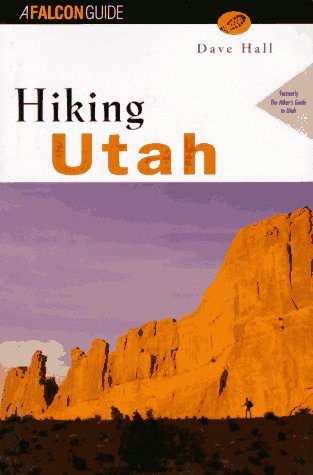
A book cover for Hiking Utah (State Hiking Series); David Hall; Travel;